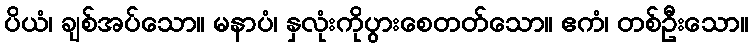
ပိယံ၊ ချစ်အပ်သော။ မနာပံ၊ နှလုံးကိုပွားစေတတ်သော။ ဧကံ၊ တစ်ဦးသော။